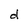
Character: d